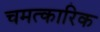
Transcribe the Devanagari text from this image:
चमत्‍कारिक